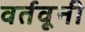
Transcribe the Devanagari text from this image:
वर्तवूनी